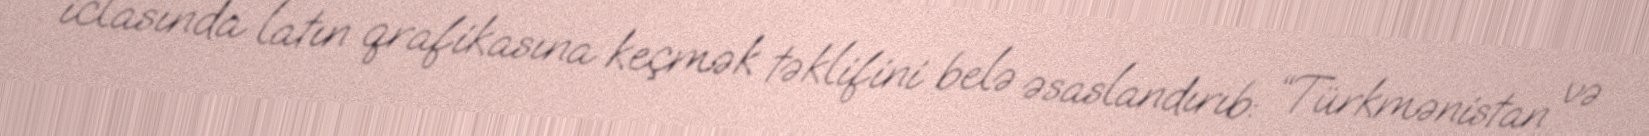
iclasında latın qrafikasına keçmək təklifini belə əsaslandırıb: “Türkmənistan və